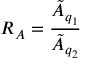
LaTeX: R _ { A } = \frac { \tilde { A } _ { q _ { 1 } } } { \tilde { A } _ { q _ { 2 } } }